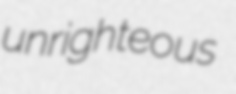
unrighteous